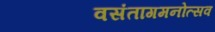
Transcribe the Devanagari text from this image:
वसंतागमनोत्सव